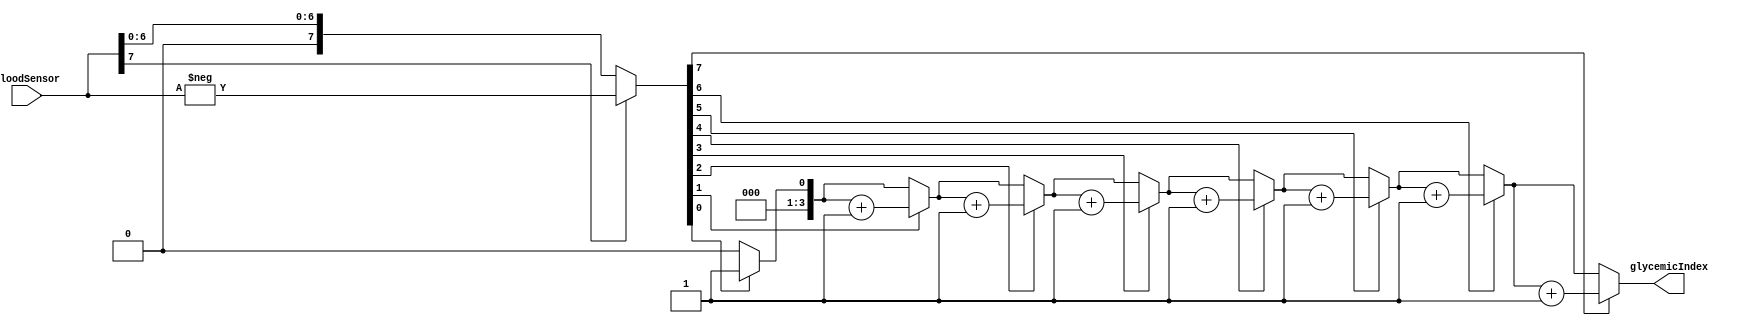
`timescale 1ns / 1ps
`default_nettype none

/*
**********************************************************
** Logic Design Final Project Fall, 2019 Semester
** Amirkabir University of Technology (Tehran Polytechnic)
** Department of Computer Engineering (CEIT-AUT)
** Logic Circuit Design Laboratory
** https://ceit.aut.ac.ir
**********************************************************
** Student ID: XXXXXXX
** Student ID: XXXXXXX
**********************************************************
** Module Name: GlycemicIndexCalculator
**********************************************************
** Additional Comments:
*/

module GlycemicIndexCalculator(
        bloodSensor,
        glycemicIndex);
input [7:0] bloodSensor;
output [3:0] glycemicIndex;

reg [3:0] onesCount;
wire [7:0] absuloteValue ;
integer i;
	assign absuloteValue = (bloodSensor[7] == 1'b1)? -bloodSensor: bloodSensor;
	always @(absuloteValue)
	begin
		onesCount = 0;
		for (i = 0; i <= 7; i = i+1) begin
			if (absuloteValue[i] == 1) begin
				onesCount = onesCount + 1;
			end
		end
	end
	assign glycemicIndex = onesCount;
	
endmodule